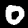
Digit: 0